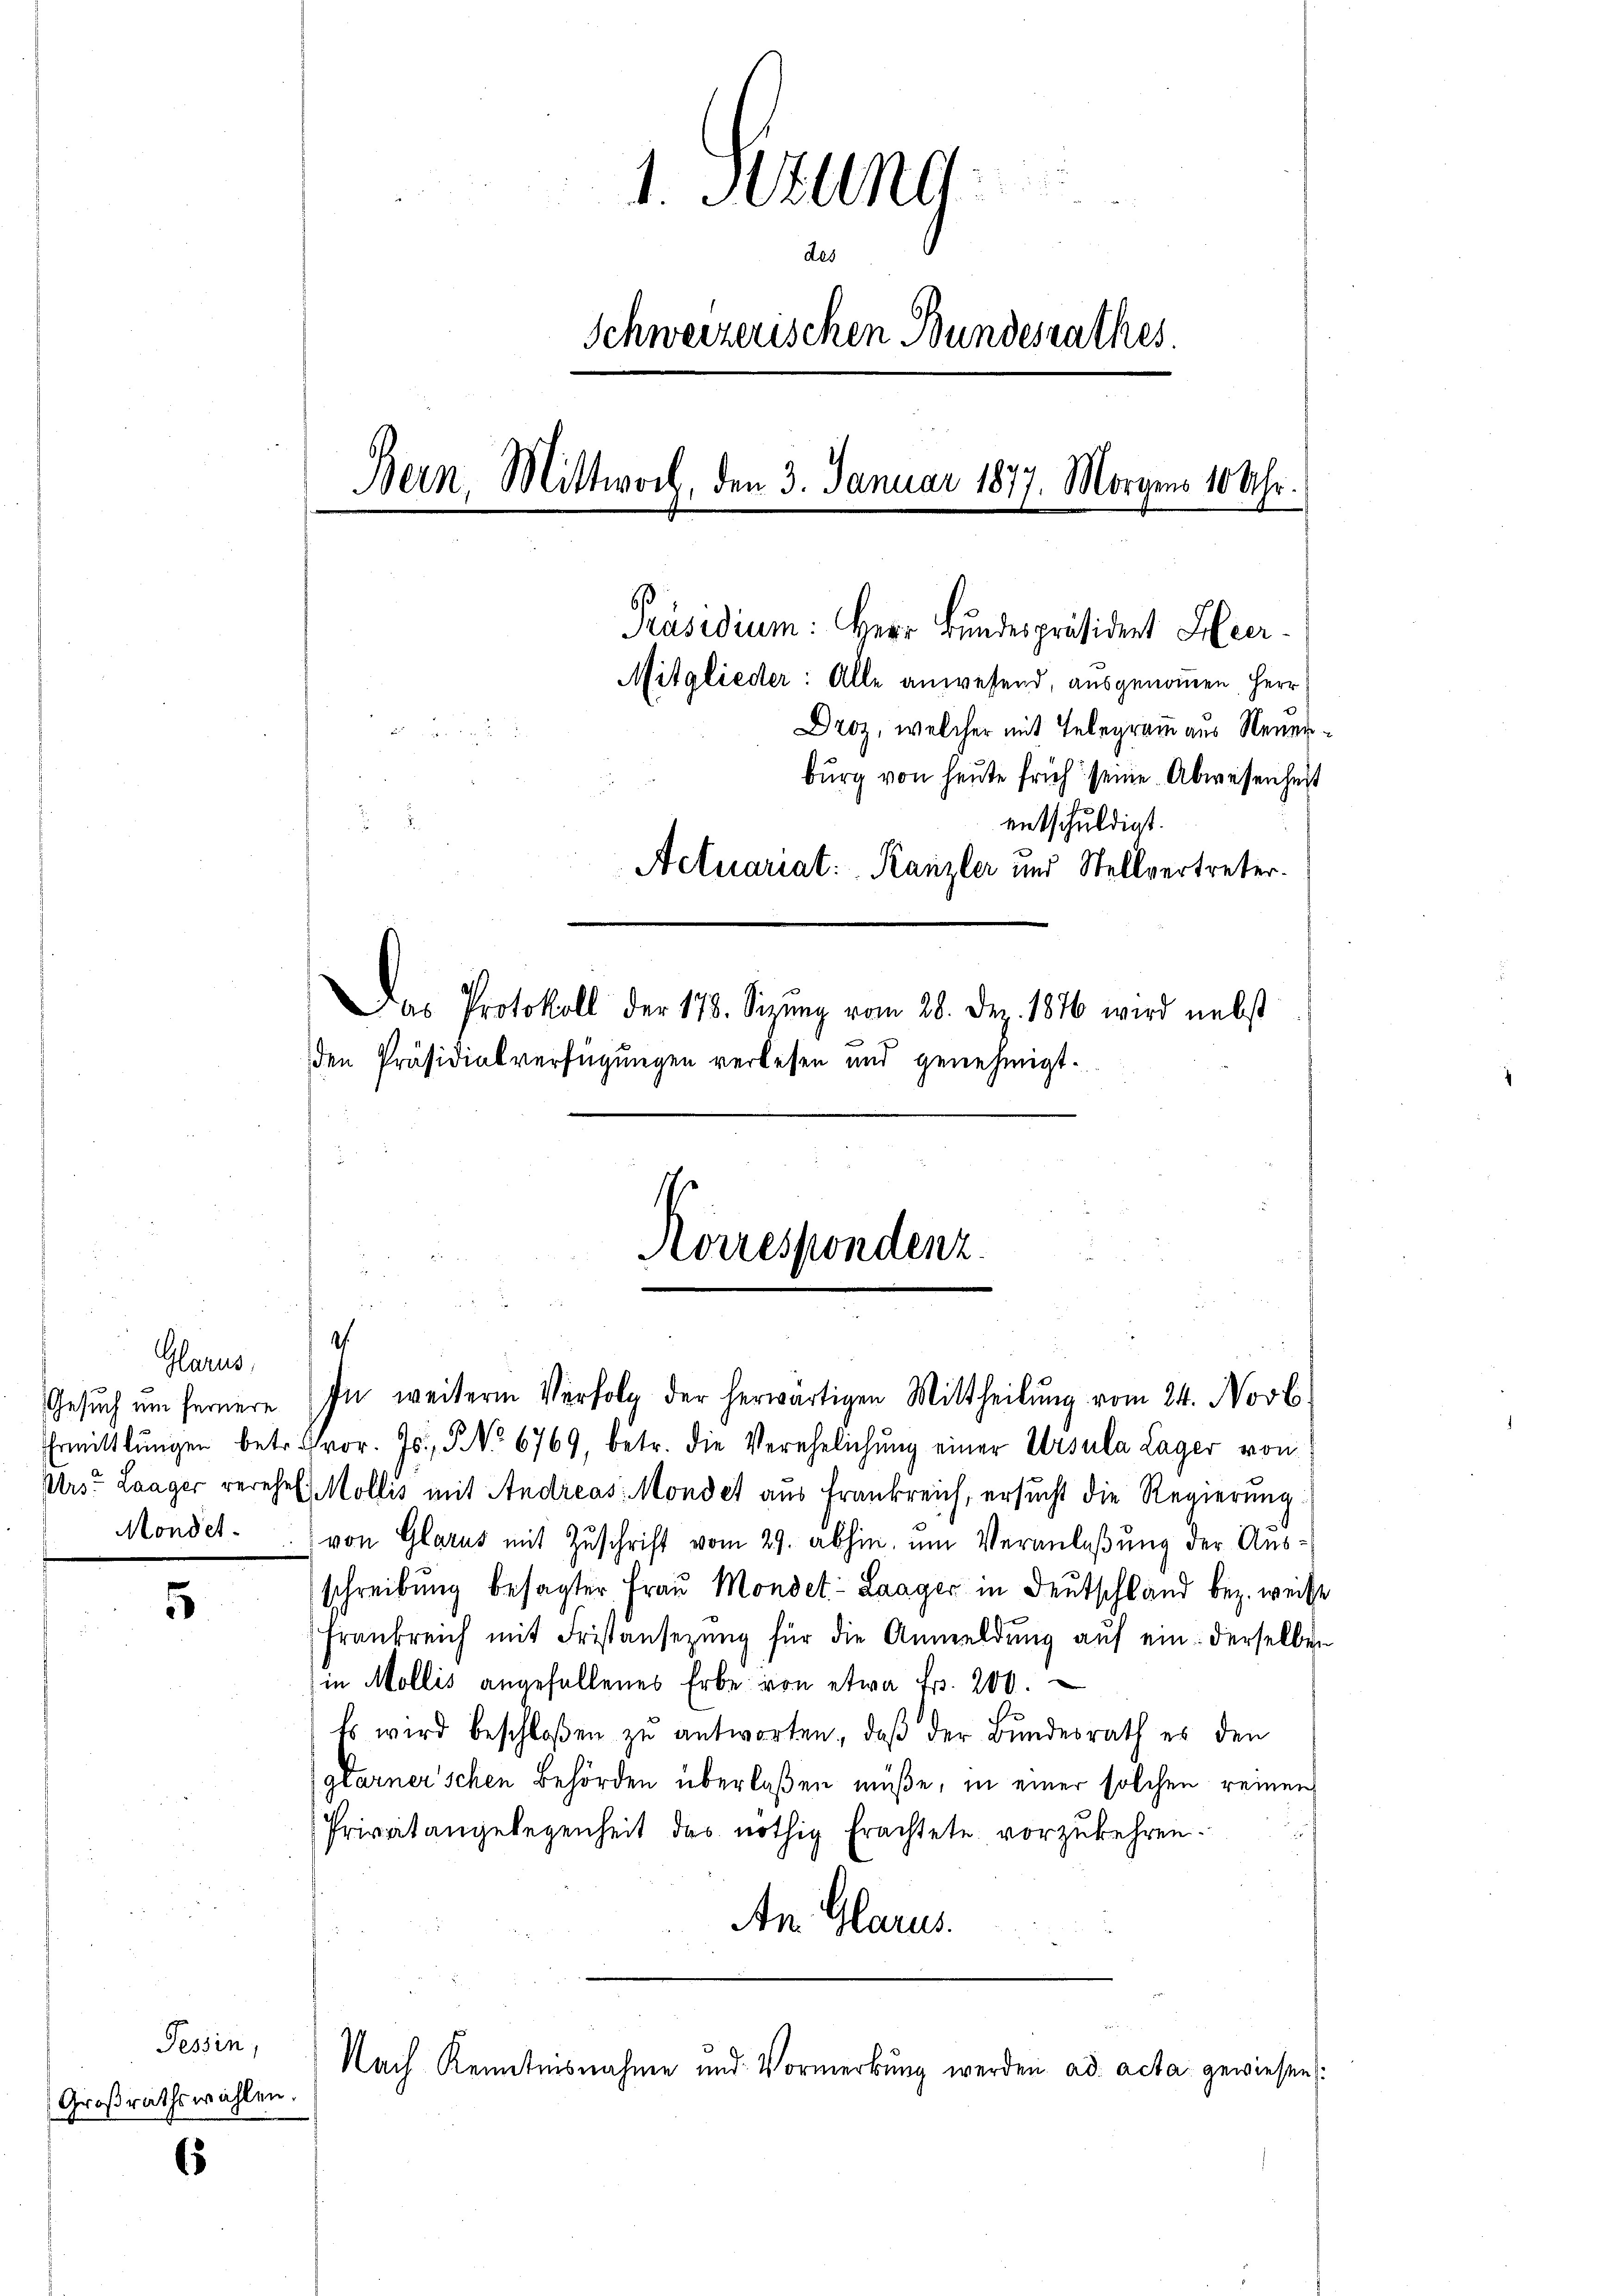
Glarus,
Gesuch um fernere
Ehrmittlungen betr.
Urs? Laager verehel
Mondet.

5

Tessin,
Großrathswahlen.

6

1. Stund
Schweizerischen Bundesrathes.
Bern, Mittwoch, den 3. Januar 1877. Morgens 10 Uhr.

2

Präsidium: Herr Bundespräsidert Her
Mitglieder: Alle anwesend, ausgenommen, Herr
Droz, welcher mit Telegramm aus Neuen¬

burg von heute früh seine Abwesenheit
entschuldigt.
Actuariat: Kanzler und Stellvertreter.
Das Protokoll der 178. Sitzŭng vom 28. Dez. 1876 wird nebst
den Präsidialverfügungen verlesen und genehmigt.

Korrespondenz.

.
In weitern Verfolg der herwärtigen Mittheilung vom 24. Novb
vor. Js., No 6769, betr. die Verehelichŭng einer Ursula Lager von
 Mollis mit Andreas Mondet aus Frankreich, ersucht die Regierung
von Glarus mit Zuschrift vom 29. abhin, um Veranlaßung der Ausschreibung besagter Frau Mondet: Laager in Deutschland bez. weise
Frankreich mit Fristansezung für die Anmeldŭng aŭf ein: derselben
in Mollis angefallenes Erbe von etwa Fr. 200.
Es wird beschloßen zŭ antworten, daβ der Bundesrath es den
glarner’schen Behörden überlaßen müße, in einer solchen reinen
Privatangelegenheit des nöthig Erachtete vorzukehren.
An. Glarus.
Nach Kenntnisnahme und Vormerkung werden ad acta gewiesen: